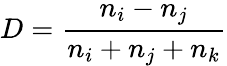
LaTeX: D=\frac{n_{i}-n_{j}}{n_{i}+n_{j}+n_{k}}